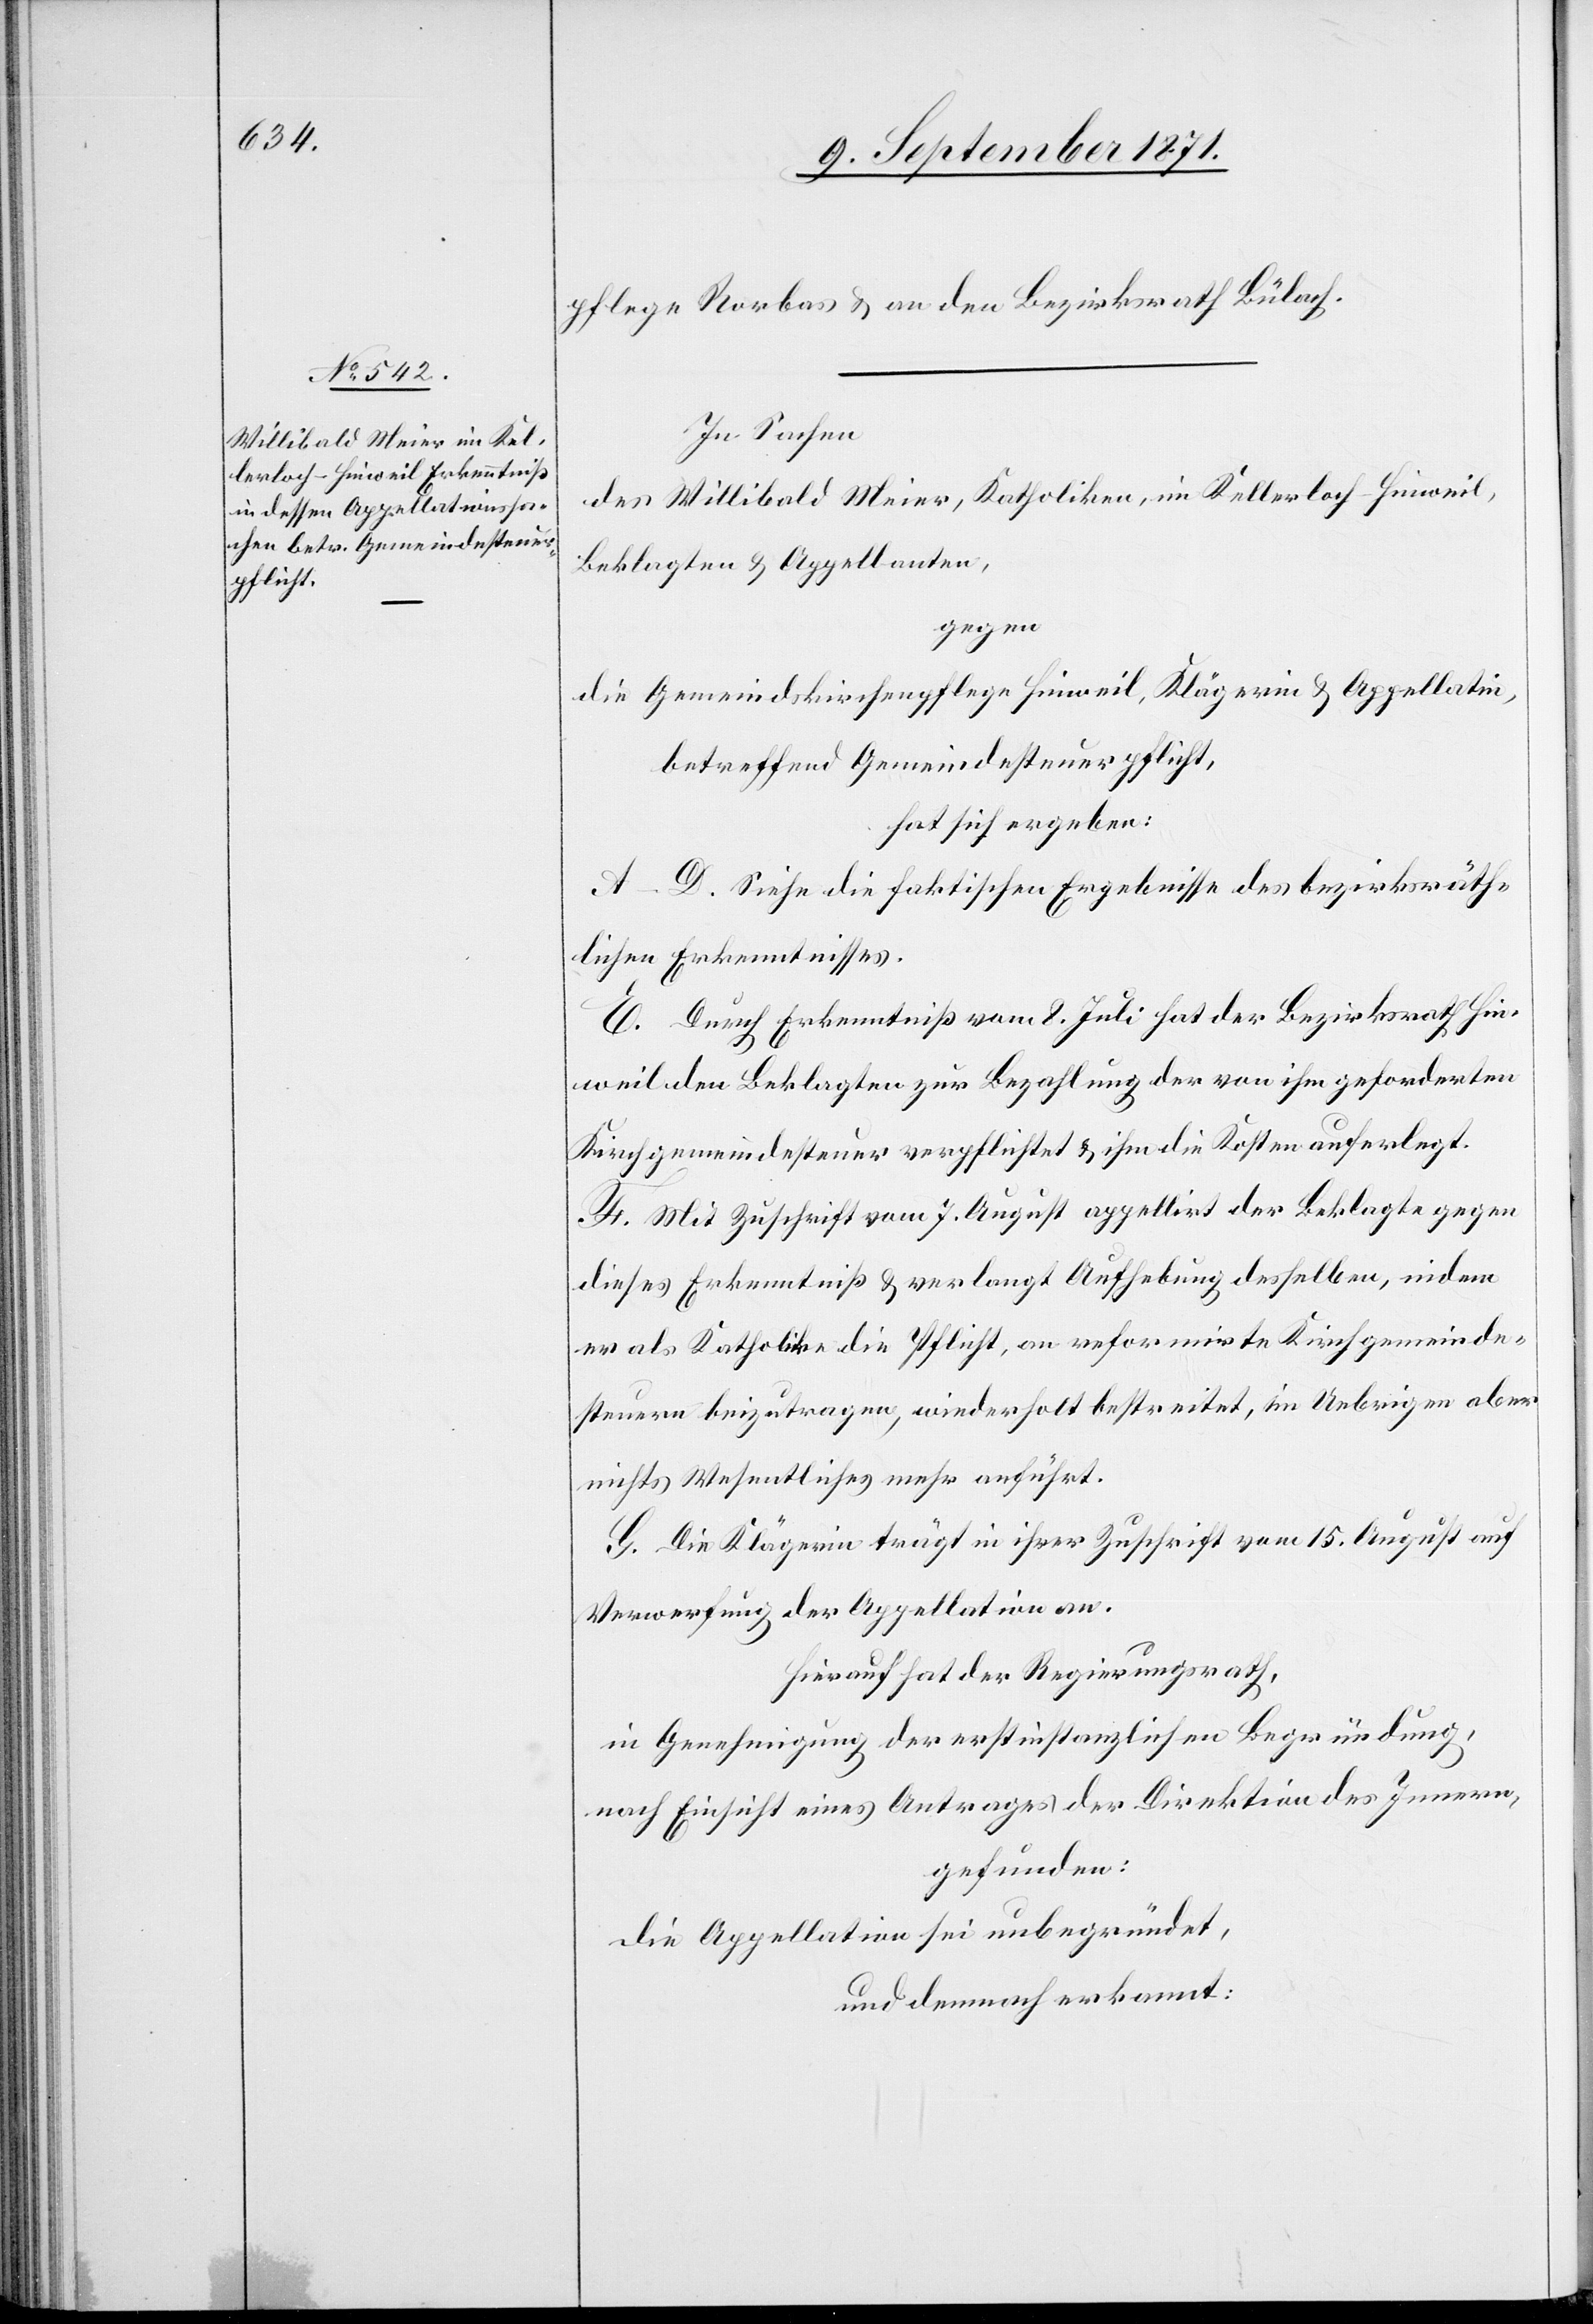
pflege Rorbas & an den Bezirksrath Bülach.
In Sachen
des Willibald Meier, Katholiken, im Kellerloch-Hinweil,
Beklagter & Appellanten,
gegen
die Gemeindskirchenpflege Hinweil, Klägerin & Appellatin,
betreffend Gemeindesteuerpflicht,
hat sich ergeben:
A–D. Siehe die faktischen Ergebnisse des bezirksräth¬
lichen Erkenntnisses.
E. Durch Erkenntniß vom 8. Juli hat der Bezirksrath Hin¬
weil den Beklagten zur Bezahlung der von ihm geforderten
Kirchgemeindensteuer verpflichtet & ihm die Kosten auferlegt.
F. Mit Zuschrift vom 7. August appellirt der Beklagte gegen
dieses Erkenntniß & verlangt Aufhebung desselben, indem
er als Katholike die Pflicht, an reformirte Kirchgemeinde¬
steuern beizutragen, wiederholt bestreitet, im Uebrigen aber
nichts Wesentliches mehr anführt.
G. Die Klägerin trägt in ihrer Zuschrift vom 15. August auf
Verwerfung der Appellation an.
Hierauf hat der Regierungsrath,
in Genehmigung der erstinstanzlichen Begründung,
nach Einsicht eines Antrages der Direktion des Innern,
gefunden:
die Appellation sei unbegründet,
und demnach erkannt: